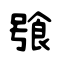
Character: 飸